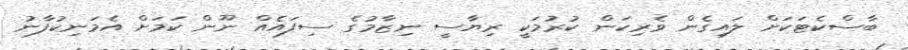
ބާސްކެޓަކަށް ލައިގެން ވެރިކަން ކުރުމަކީ ރިޔާސީ ނިޒާމުގެ ސިފައެއް ނޫން ކަމަށް އެމަނިކުފާނު